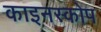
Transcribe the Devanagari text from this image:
काइनस्कोप